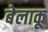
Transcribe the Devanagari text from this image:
बेलाकू